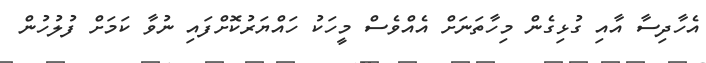
އެހާދިސާ އާއި ގުޅިގެން މިހާތަނަށް އެއްވެސް މީހަކު ހައްޔަރުކޮށްފައި ނުވާ ކަމަށް ފުލުހުން